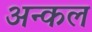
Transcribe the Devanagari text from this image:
अन्कल